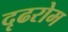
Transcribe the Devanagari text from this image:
दृढरोम